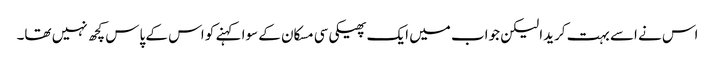
اس نے اسے بہت کریدا لیکن جواب میں ایک پھیکی سی مسکان کے سوا کہنے کو اس کے پاس کچھ نہیں تھا۔